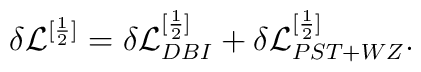
\delta {\cal L}^{[\frac{1}{2}]} = \delta {\cal L}_{DBI}^{[\frac{1}{2}]} + \delta {\cal L}_{PST + WZ}^{[\frac{1}{2}]} .